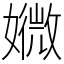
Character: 㜫